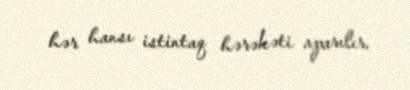
hər hansı istintaq hərəkəti aparılır.